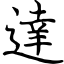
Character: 達